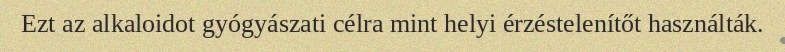
Ezt az alkaloidot gyógyászati célra mint helyi érzéstelenítőt használták.